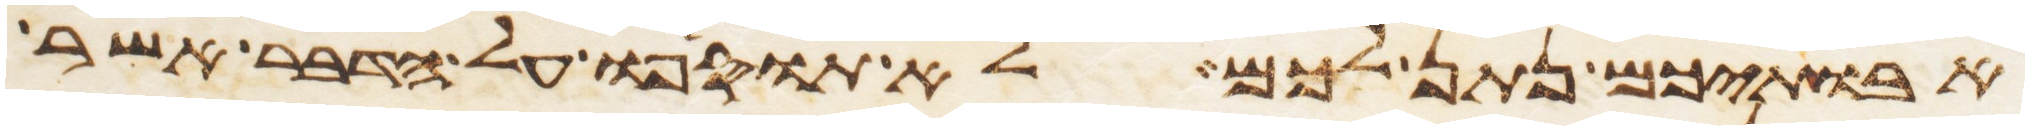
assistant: אבתיכם נתן לכם לא תוסיפו על הדבר אשר